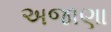
અજાણા